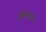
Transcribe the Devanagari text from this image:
गेलिलेईने